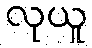
လုယူ